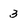
Character: 3